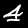
Digit: 4